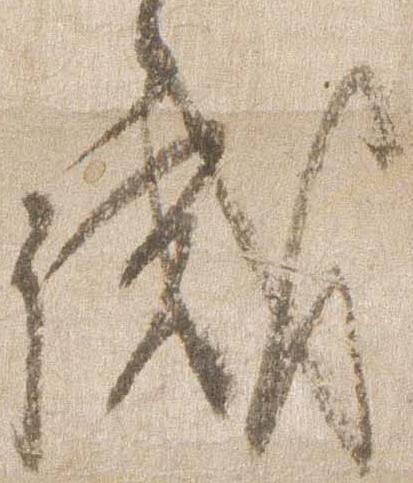
誡